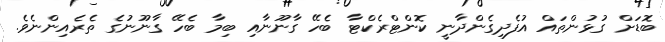
ބޮޑަށް ގުޅުންތައް އުފެދިގެންދާނީ ކޮންޓްރެކްޓާ ބެހޭ ގާނޫނާއި ބިމާ ބެހޭ ގާނޫނުގެ ތެރެއިންނެވެ.